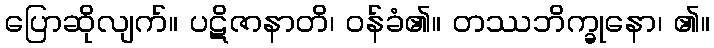
ပြောဆိုလျက်။ ပဋိဇာနာတိ၊ ဝန်ခံ၏။ တဿဘိက္ခုနော၊ ၏။